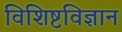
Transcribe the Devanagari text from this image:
विशिष्टविज्ञान